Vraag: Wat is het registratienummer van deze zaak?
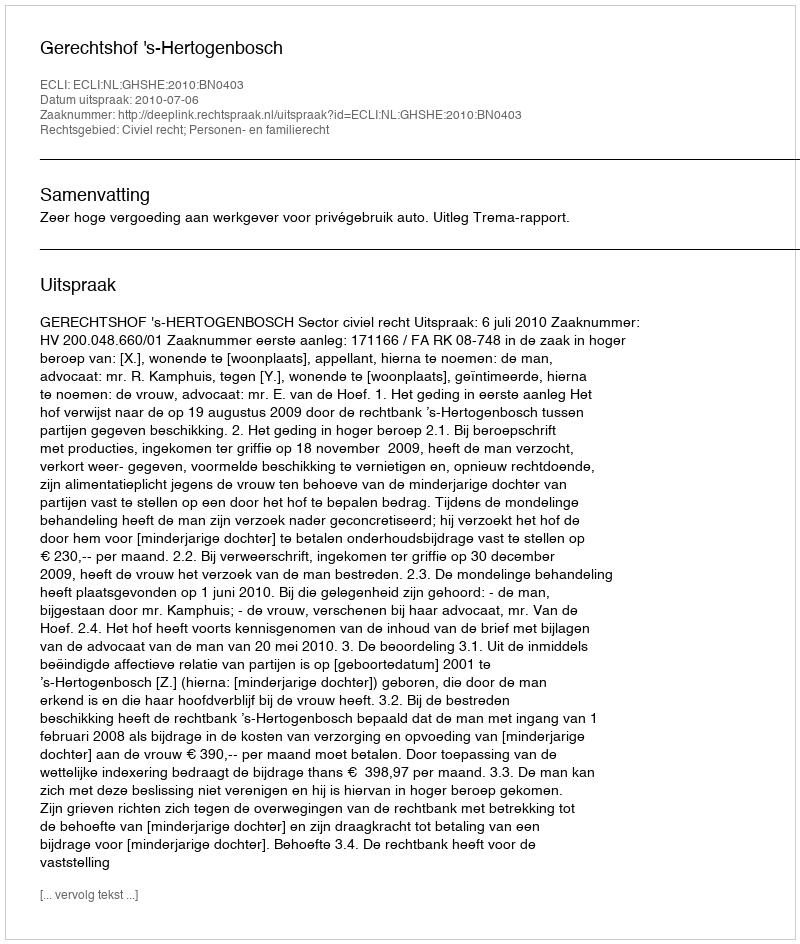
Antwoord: http://deeplink.rechtspraak.nl/uitspraak?id=ECLI:NL:GHSHE:2010:BN0403